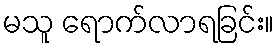
မသူ ရောက်လာရခြင်း။